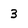
Character: 3